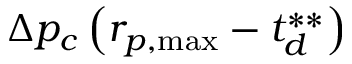
\Delta p _ { c } \left( r _ { p , \mathrm { { m a x } } } - t _ { d } ^ { * * } \right)